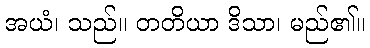
အယံ၊ သည်။ တတိယာ ဒိသာ၊ မည်၏။